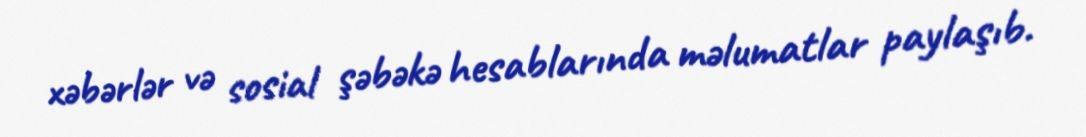
xəbərlər və sosial şəbəkə hesablarında məlumatlar paylaşıb.